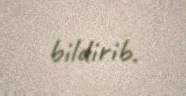
bildirib.